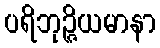
ပရိဘုဉ္ဇိယမာနာ